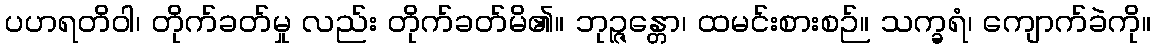
ပဟရတိဝါ၊ တိုက်ခတ်မှု လည်း တိုက်ခတ်မိ၏။ ဘုဉ္ဇန္တော၊ ထမင်းစားစဉ်။ သက္ခရံ၊ ကျောက်ခဲကို။